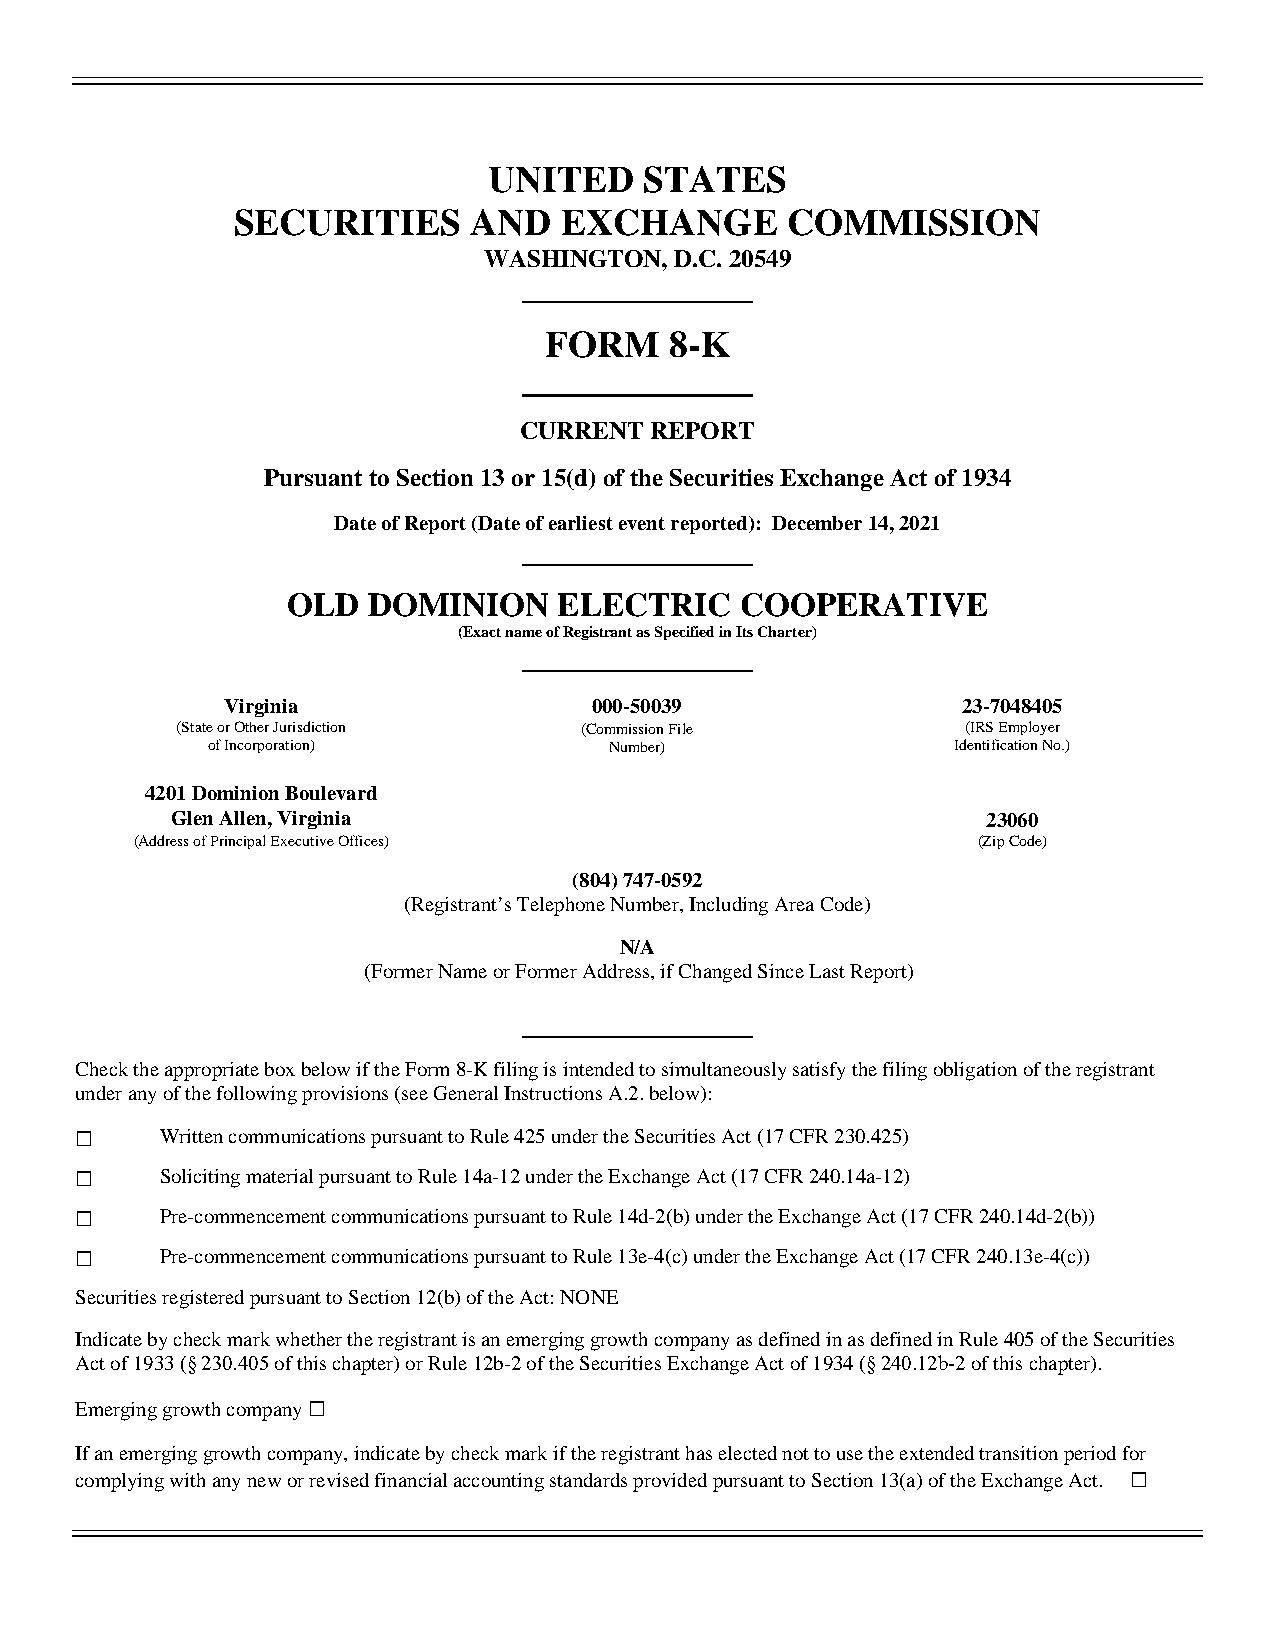
UNITED     STATES
 SECURITIES      AND   EXCHANGE       COMMISSION
 WASHINGTON,  D.C. 20549
 FORM    8-K
 CURRENT  REPORT
 Pursuant to Section 13 or 15(d) of the Securities Exchange Act of 1934
 Date of Report (Date of earliest event reported): December 14, 2021
 OLD  DOMINION     ELECTRIC    COOPERATIVE
 (Exact name of Registrant as Specified in Its Charter)
 Virginia                000-50039                23-7048405
 (State or Other Jurisdiction (Commission File       (IRS Employer
 of Incorporation)         Number)                Identification No.)
 4201 Dominion Boulevard
 Glen Allen, Virginia                                  23060
 (Address of Principal Executive Offices)                (Zip Code)
 (804) 747-0592
 (Registrant’s Telephone Number, Including Area Code)
 N/A
 (Former Name or Former Address, if Changed Since Last Report)
 Check the appropriate box below if the Form 8-K filing is intended to simultaneously satisfy the filing obligation of the registrant
 under any of the following provisions (see General Instructions A.2. below):
 ☐     Written communications pursuant to Rule 425 under the Securities Act (17 CFR 230.425)
 ☐     Soliciting material pursuant to Rule 14a-12 under the Exchange Act (17 CFR 240.14a-12)
 ☐     Pre-commencement communications pursuant to Rule 14d-2(b) under the Exchange Act (17 CFR 240.14d-2(b))
 ☐     Pre-commencement communications pursuant to Rule 13e-4(c) under the Exchange Act (17 CFR 240.13e-4(c))
 Securities registered pursuant to Section 12(b) of the Act: NONE
 Indicate by check mark whether the registrant is an emerging growth company as defined in as defined in Rule 405 of the Securities
 Act of 1933 (§ 230.405 of this chapter) or Rule 12b-2 of the Securities Exchange Act of 1934 (§ 240.12b-2 of this chapter).
 Emerging growth company ☐
 If an emerging growth company, indicate by check mark if the registrant has elected not to use the extended transition period for
 complying with any new or revised financial accounting standards provided pursuant to Section 13(a) of the Exchange Act. ☐